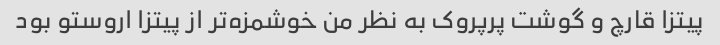
پیتزا قارچ و گوشت پرپروک به نظر من خوشمزه‌تر از پیتزا اروستو بود